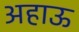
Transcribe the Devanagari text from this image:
अहाऊ